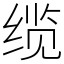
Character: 缆